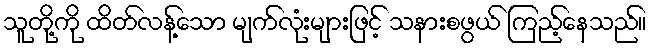
သူတို့ကို ထိတ်လန့်သော မျက်လုံးများဖြင့် သနားစဖွယ် ကြည့်နေသည်။